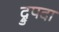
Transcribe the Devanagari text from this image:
द्रुपदा